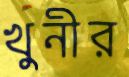
খুনীর